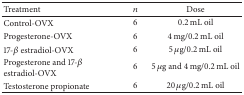
<table><thead><tr><td><b>Treatment </b></td><td><b><i>n</i></b></td><td><b>Dose </b></td></tr></thead><tbody><tr><td>Control-OVX</td><td>6</td><td>0.2 mL oil </td></tr><tr><td>Progesterone-OVX</td><td>6</td><td>4 mg/0.2 mL oil </td></tr><tr><td>17-<i>β</i> estradiol-OVX</td><td>6</td><td>5 <i>μ</i>g/0.2 mL oil </td></tr><tr><td>Progesterone and 17-<i>β</i> estradiol-OVX</td><td>6</td><td>5 <i>μ</i>g and 4 mg/0.2 mL oil </td></tr><tr><td>Testosterone propionate</td><td>6</td><td>20 <i>μ</i>g/0.2 mL oil </td></tr></tbody></table>